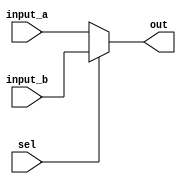
/* multiplexador que escolhe entre dois nmeros de 64 bits */
module general_mux #(
    parameter WORDSIZE = 64
) (
    input wire [WORDSIZE-1:0] input_a,  /* input a */
    input wire [WORDSIZE-1:0] input_b,  /* input b */
    input wire sel,                     /* seletor */
    output wire [WORDSIZE-1:0] out      /* output */
);
    reg [WORDSIZE-1:0] selected_input;

    always @(*) begin
        if(sel == 0) 
            selected_input = input_a;
        else
            selected_input = input_b;
    end

    assign out = selected_input;
endmodule